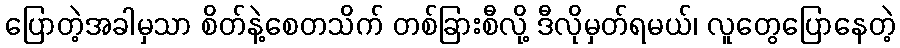
ပြောတဲ့အခါမှသာ စိတ်နဲ့စေတသိက် တစ်ခြားစီလို့ ဒီလိုမှတ်ရမယ်၊ လူတွေပြောနေတဲ့